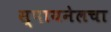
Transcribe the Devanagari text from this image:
स्पायनेलचा